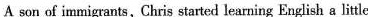
A son of immigrants, Chris started learning English a little